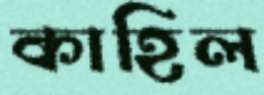
কাহিল